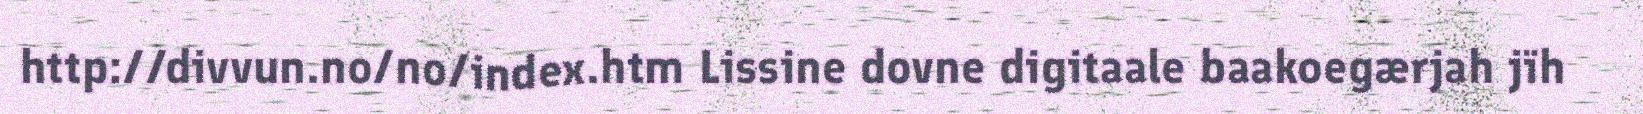
http://divvun.no/no/index.htm Lissine dovne digitaale baakoegærjah jïh